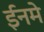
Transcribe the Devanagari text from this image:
ईनमे